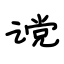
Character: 谠